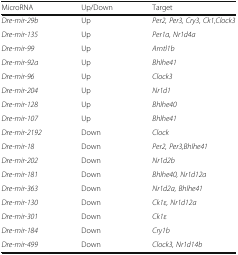
| MicroRNA | Up/Down | Target |
 | --- | --- | --- |
 | Dre-mir-29b | Up | Per2, Per3, Cry3, Ck1,Clock3 |
 | Dre-mir-135 | Up | Per1a, Nr1d4a |
 | Dre-mir-99 | Up | Arntl1b |
 | Dre-mir-92a | Up | Bhlhe41 |
 | Dre-mir-96 | Up | Clock3 |
 | Dre-mir-204 | Up | Nr1d1 |
 | Dre-mir-128 | Up | Bhlhe40 |
 | Dre-mir-107 | Up | Bhlhe41 |
 | Dre-mir-2192 | Down | Clock |
 | Dre-mir-18 | Down | Per2, Per3,Bhlhe41 |
 | Dre-mir-202 | Down | Nr1d2b |
 | Dre-mir-181 | Down | Bhlhe40, Nr1d12a |
 | Dre-mir-363 | Down | Nr1d2a, Bhlhe41 |
 | Dre-mir-130 | Down | Ck1ε, Nr1d12a |
 | Dre-mir-301 | Down | Ck1ε |
 | Dre-mir-184 | Down | Cry1b |
 | Dre-mir-499 | Down | Clock3, Nr1d14b |